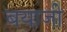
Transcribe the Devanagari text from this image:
बयाजी